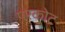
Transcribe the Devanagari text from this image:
परकाेट